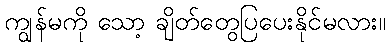
ကျွန်မကို သော့ ချိတ်တွေပြပေးနိုင်မလား။